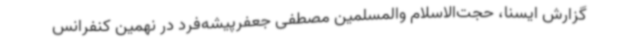
گزارش ایسنا، حجت‌الاسلام والمسلمین مصطفی جعفرپیشه‌فرد در نهمین کنفرانس